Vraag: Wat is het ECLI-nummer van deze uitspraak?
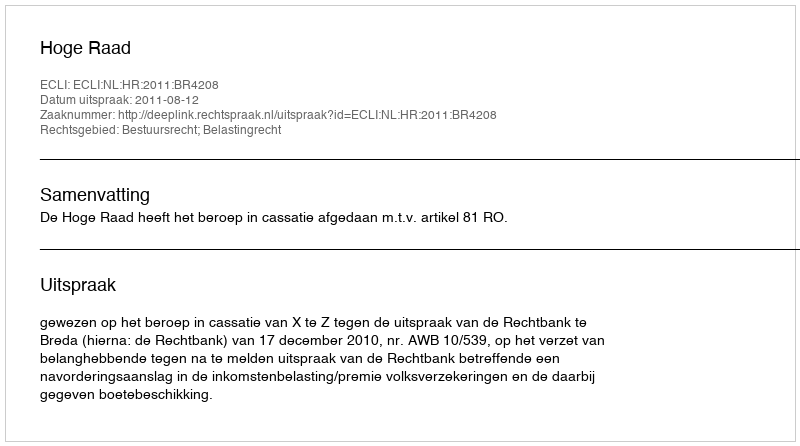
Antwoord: ECLI:NL:HR:2011:BR4208